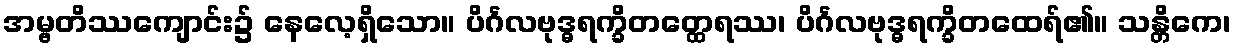
အမ္ဗတိဿကျောင်း၌ နေလေ့ရှိသော။ ပိင်္ဂလဗုဒ္ဓရက္ခိတတ္ထေရဿ၊ ပိင်္ဂလဗုဒ္ဓရက္ခိတထေရ်၏။ သန္တိကေ၊